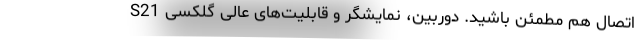
اتصال هم مطمئن باشید. دوربین، نمایشگر و قابلیت‌های عالی گلکسی S21